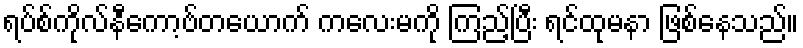
ရပ်စ်ကိုလ်နီကော့ဗ်တယောက် ကလေးမကို ကြည့်ပြီး ရင်ထုမနာ ဖြစ်နေသည်။